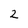
Character: 2